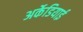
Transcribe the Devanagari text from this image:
अर्केडियाई